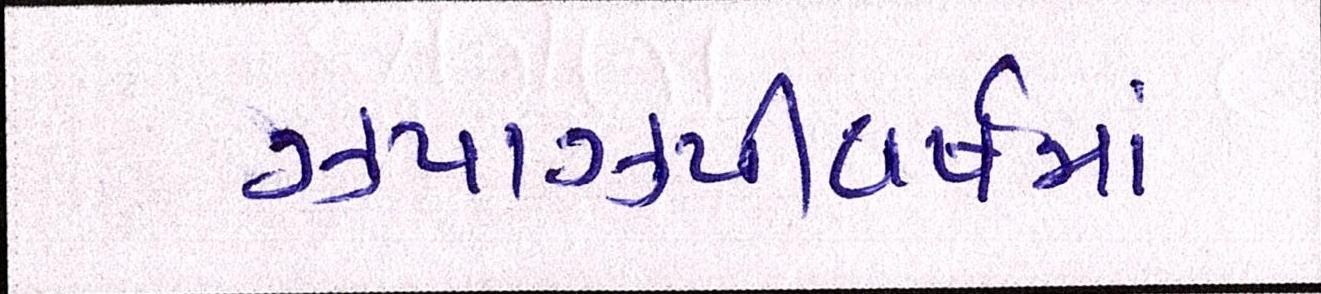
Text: ઝપાઝપીવર્ષમાં